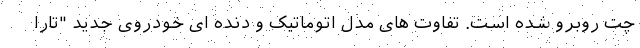
چت روبرو شده است. تفاوت های مدل اتوماتیک و دنده ای خودروی جدید "تارا